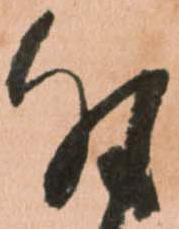
付